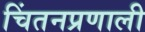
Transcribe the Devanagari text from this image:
चिंतनप्रणाली